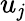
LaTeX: u_{\mathit{j}}